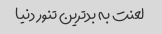
لعنت به بدترین تنور دنیا